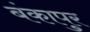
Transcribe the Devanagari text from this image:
बंकापुर